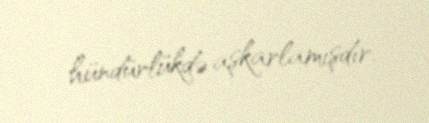
hündürlükdə aşkarlamışdır.